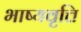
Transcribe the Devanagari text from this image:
भाष्यवृत्ति